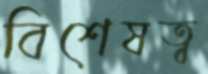
বিশেষত্ব